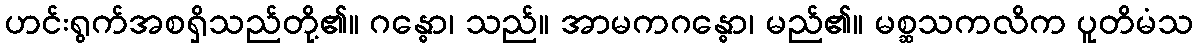
ဟင်းရွက်အစရှိသည်တို့၏။ ဂန္ဓော၊ သည်။ အာမကဂန္ဓော၊ မည်၏။ မစ္ဆသကလိက ပူတိမံသ